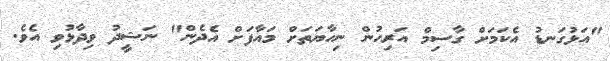
"އަޅުގަނޑު އެކަމަށް ގާސިމް އަރިހުން ނިހާޔަތަށް މައާފަށް އެދެން" ނަޝީދު ވިދާޅުވި އެވެ.